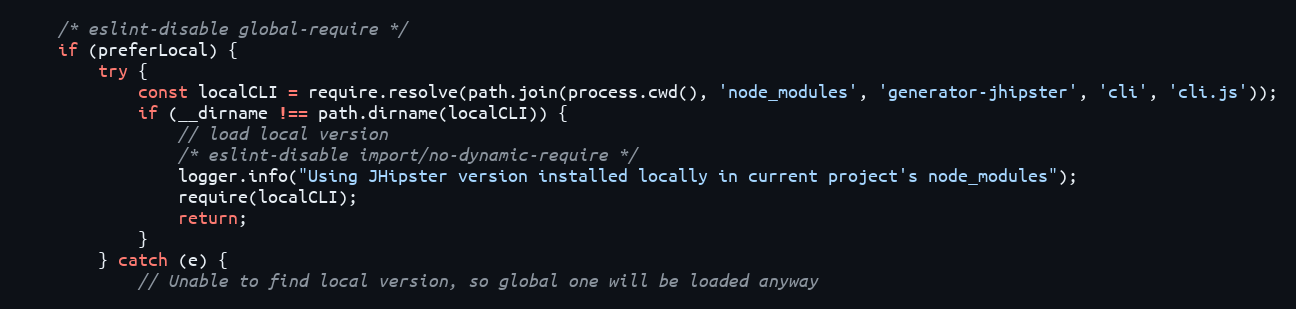
Language: JavaScript
    /* eslint-disable global-require */
    if (preferLocal) {
        try {
            const localCLI = require.resolve(path.join(process.cwd(), 'node_modules', 'generator-jhipster', 'cli', 'cli.js'));
            if (__dirname !== path.dirname(localCLI)) {
                // load local version
                /* eslint-disable import/no-dynamic-require */
                logger.info("Using JHipster version installed locally in current project's node_modules");
                require(localCLI);
                return;
            }
        } catch (e) {
            // Unable to find local version, so global one will be loaded anyway